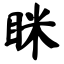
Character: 眯